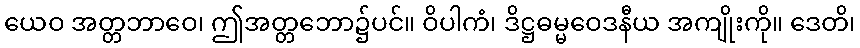
ယေဝ အတ္တဘာဝေ၊ ဤအတ္တဘော၌ပင်။ ဝိပါကံ၊ ဒိဋ္ဌဓမ္မဝေဒနီယ အကျိုးကို။ ဒေတိ၊